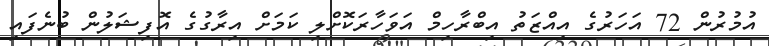
އުމުރުންް 72 އަހަރުގެ އިއްޒަތު އިބްރާހިމް އަވަހާރަކޮށްލި ކަމަށް އިރާގުގެ އޮފިޝަލުން ބުނެފައި